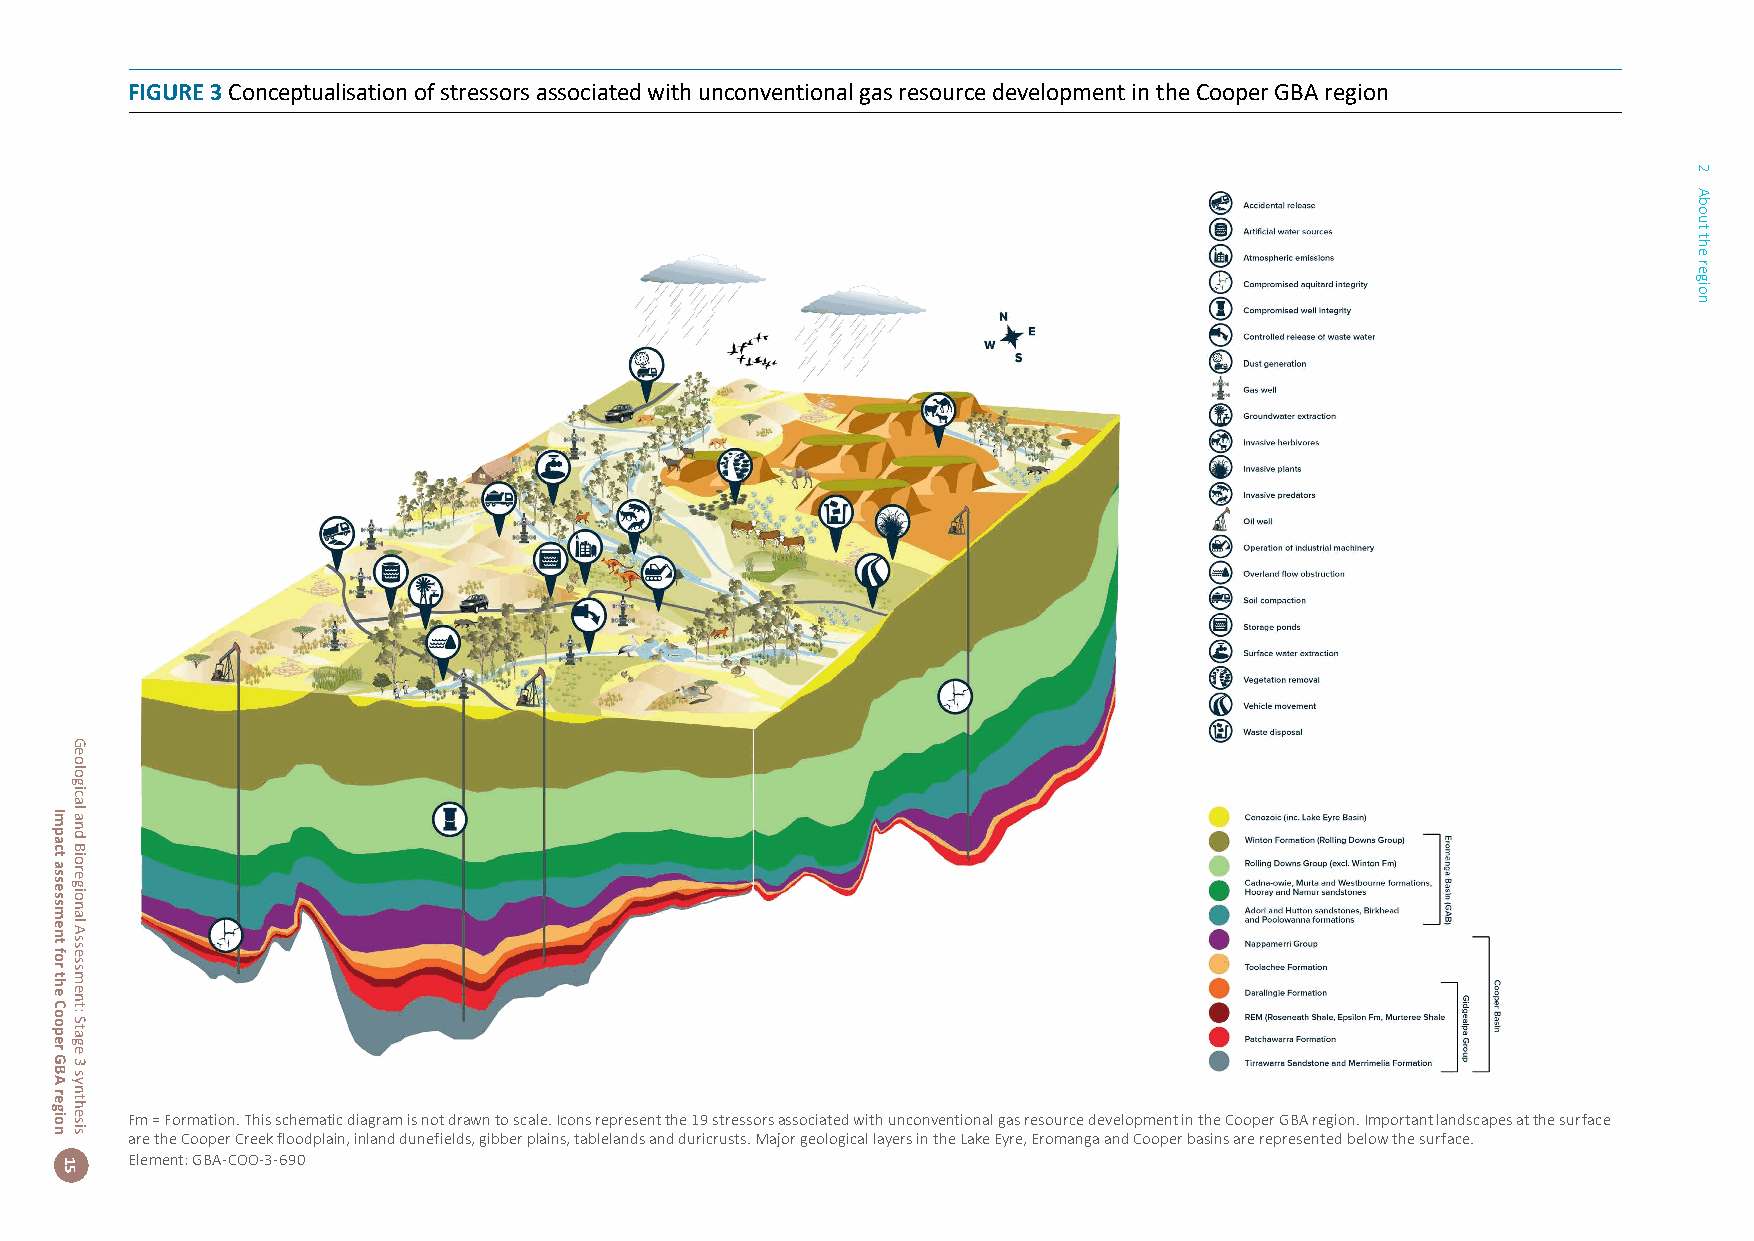
FIGURE 3 Conceptualisation of stressors associated with unconventional gas resource development in the Cooper GBA region
 Fm = Formation. This schematic diagram is not drawn to scale. Icons represent the 19 stressors associated with unconventional gas resource development in the Cooper GBA region. Important landscapes at the surface
 are the Cooper Creek floodplain, inland dunefields, gibber plains, tablelands and duricrusts. Major geological layers in the Lake Eyre, Eromanga and Cooper basins are represented below the surface.
 Element: GBA-COO-3-690
 Impact
 assessment
 for
 the
 Cooper
 GBA
 region
 15
 Geological
 and
 Bioregional
 Assessment:
 Stage
 3
 synthesis
 2
 About
 the
 region